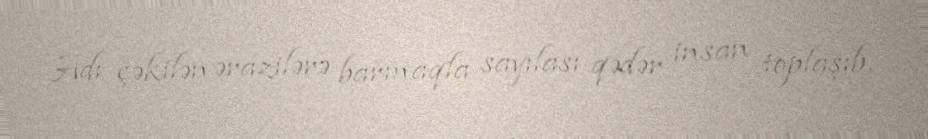
Adı çəkilən ərazilərə barmaqla sayılası qədər insan toplaşıb.